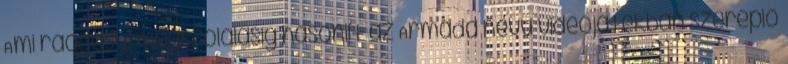
Ami ráadásul megszólalásig hasonlít az Armada nevű videojátékban szereplő